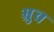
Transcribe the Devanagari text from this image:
भ्रुव